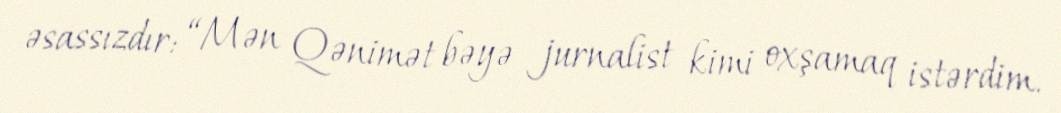
əsassızdır: “Mən Qənimət bəyə jurnalist kimi oxşamaq istərdim.